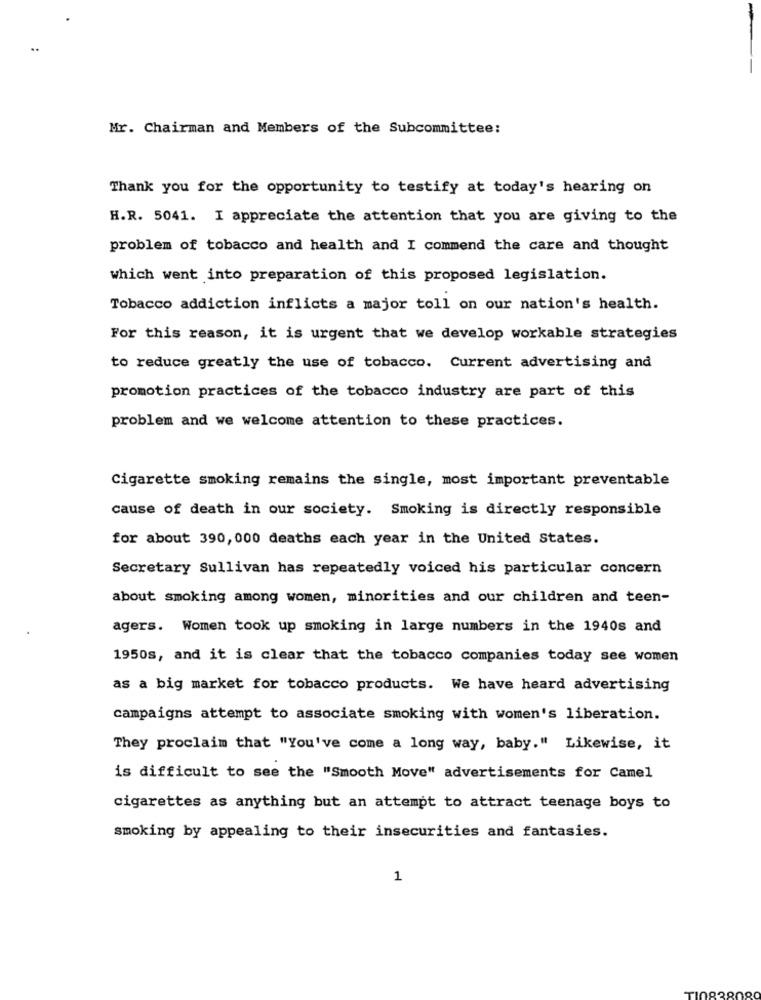
Mr. Chairman and Members of the Subcommittee:
Thank you for the opportunity to testify at today's hearing on
H.R. 5041. I appreciate the attention that you are giving to the
problem of tobacco and health and I commend the care and thought
which went into preparation of this proposed legislation.
Tobacco addiction inflicts a major toll on our nation's health.
For this reason, it is urgent that we develop workable strategies
to reduce greatly the use of tobacco. Current advertising and
promotion practices of the tobacco industry are part of this
problem and we welcome attention to these practices.
Cigarette smoking remains the single, most important preventable
cause of death in our society. Smoking is directly responsible
for about 390, 000 deaths each year in the United States.
Secretary Sullivan has repeatedly voiced his particular concern
about smoking among women, minorities and our children and teen-
agers. Women took up smoking in large numbers in the 1940s and
1950s, and it is clear that the tobacco companies today see women
as a big market for tobacco products. We have heard advertising
campaigns attempt to associate smoking with women's liberation.
They proclaim that "You've come a long way, baby." Likewise, it
is difficult to see the "Smooth Move" advertisements for Camel
cigarettes as anything but an attempt to attract teenage boys to
smoking by appealing to their insecurities and fantasies.
1